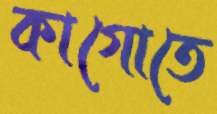
কাগোতে